Scientific memoirs by medical officers of the Army of India - Part II,
Year: 1886
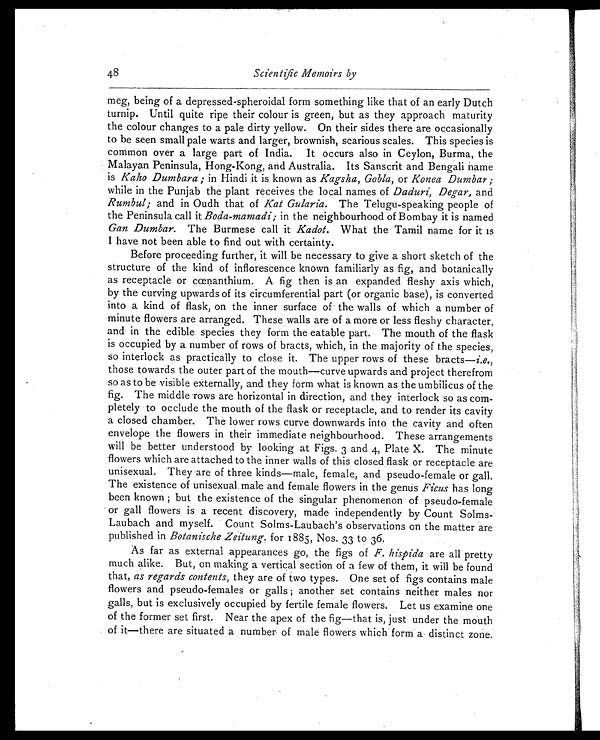
48
Scientific Memoirs by
meg, being of a depressed-spheroidal form something like that of an early Dutch
turnip. Until quite ripe their colour is green, but as they approach maturity
the colour changes to a pale dirty yellow. On their sides there are occasionally
to be seen small pale warts and larger, brownish, scarious scales. This species is
common over a large part of India. It occurs also in Ceylon, Burma, the
Malayan Peninsula, Hong-Kong, and Australia. Its Sanscrit and Bengali name
is Kaho Dumbara ; in Hindi it is known as Kagsha, Gobla, or Konea Dumbar ;
while in the Punjab the plant receives the local names of Daduri, Degar, and
Rumbul ; and in Oudh that of Kat Gularia. The Telugu-speaking people of
the Peninsula call it Boda-mamadi ; in the neighbourhood of Bombay it is named
Gan Dumbar. The Burmese call it Kadot. What the Tamil name for it is
I have not been able to find out with certainty.
Before proceeding further, it will be necessary to give a short sketch of the
structure of the kind of inflorescence known familiarly as fig, and botanically
as receptacle or cœnanthium. A fig then is an expanded fleshy axis which,
by the curving upwards of its circumferential part (or organic base), is converted
into a kind of flask, on the inner surface of the walls of which a number of
minute flowers are arranged. These walls are of a more or less fleshy character,
and in the edible species they form the eatable part. The mouth of the flask
is occupied by a number of rows of bracts, which, in the majority of the species,
so interlock as practically to close it. The upper rows of these bracts— i.e.,
those towards the outer part of the mouth—curve upwards and project therefrom
so as to be visible externally, and they form what is known as the umbilicus of the
fig. The middle rows are horizontal in direction, and they interlock so as com-
pletely to occlude the mouth of the flask or receptacle, and to render its cavity
a closed chamber. The lower rows curve downwards into the cavity and often
envelope the flowers in their immediate neighbourhood. These arrangements
will be better understood by looking at Figs. 3 and 4, Plate X. The minute
flowers which are attached to the inner walls of this closed flask or receptacle are
unisexual. They are of three kinds—male, female, and pseudo-female or gall.
The existence of unisexual male and female flowers in the genus Ficus has long
been known ; but the existence of the singular phenomenon of pseudo-female
or gall flowers is a recent discovery, made independently by Count Solms-
Laubach and myself. Count Solms-Laubach's observations on the matter are
published in Botanische Zeitung. for 1885, Nos. 33 to 36.
As far as external appearances go, the figs of F. hispida are all pretty
much alike. But, on making a vertical section of a few of them, it will be found
that, as regards contents, they are of two types. One set of figs contains male
flowers and pseudo-females or galls ; another set contains neither males nor
galls, but is exclusively occupied by fertile female flowers. Let us examine one
of the former set first. Near the apex of the fig—that is, just under the mouth
of it—there are situated a number of male flowers which form a distinct zone.